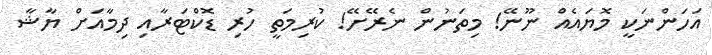
އަހަންނަކީ މޮޔައެއް ނޫނޭ! މިތަނުން ނެރޭށޭ! ކުރިމަތީ ހުރި ޑޮކްޓަރާއި ދިމާއަށް ޔާޝާ